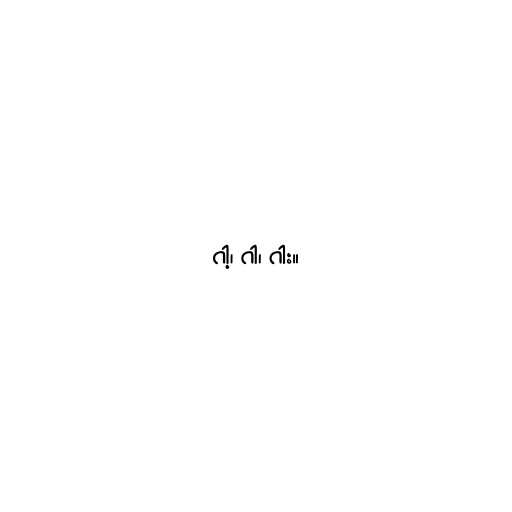
ဂါ့၊ ဂါ၊ ဂါး။